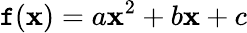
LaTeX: \mathtt{f}(\mathbf{x})=a\mathbf{x}^{2}+b\mathbf{x}+c